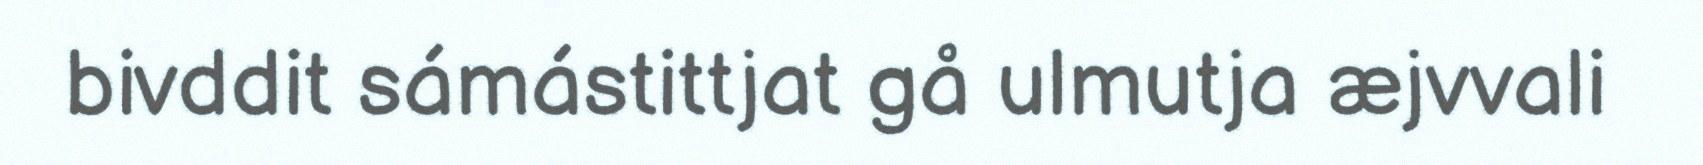
bivddit sámástittjat gå ulmutja æjvvali